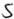
Text: S